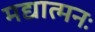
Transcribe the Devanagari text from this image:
मद्यात्मनः